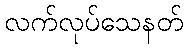
လက်လုပ်သေနတ်